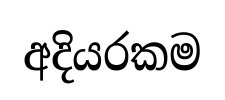
අදියරකම